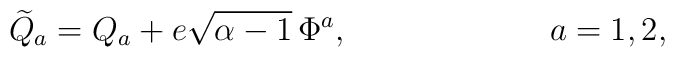
{\widetilde Q_a} = Q_a + e\sqrt{\alpha-1}\,\Phi^a, \hspace{1in} a = 1,2,